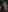
1